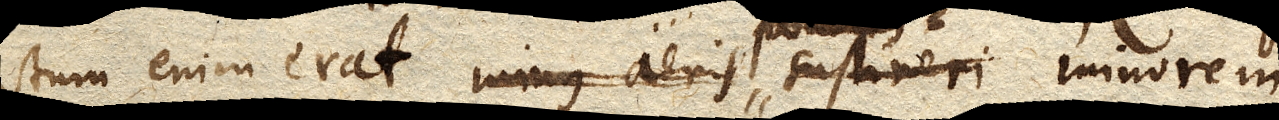
stum enim erat minus aeris sustineri minorem